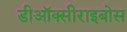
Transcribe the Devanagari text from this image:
डीऑक्सीराइबोस